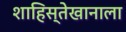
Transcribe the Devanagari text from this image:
शाहिस्तेखानाला